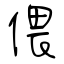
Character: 偎